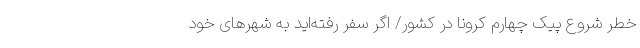
خطر شروع پیک چهارم کرونا در کشور/ اگر سفر رفته‌اید به شهرهای خود